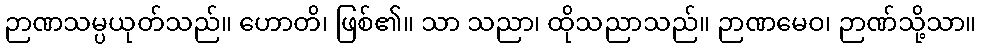
ဉာဏသမ္ပယုတ်သည်။ ဟောတိ၊ ဖြစ်၏။ သာ သညာ၊ ထိုသညာသည်။ ဉာဏမေဝ၊ ဉာဏ်သို့သာ။